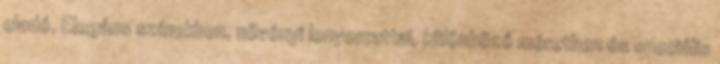
eladó. Elegáns színekben, növényi lenyomattal, különböző méretben és speciális